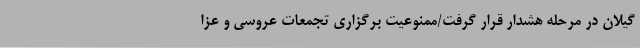
گیلان در مرحله هشدار قرار گرفت/ممنوعیت برگزاری تجمعات عروسی و عزا